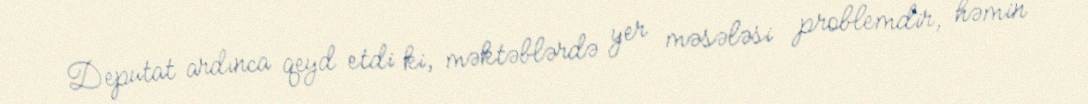
Deputat ardınca qeyd etdi ki, məktəblərdə yer məsələsi problemdir, həmin